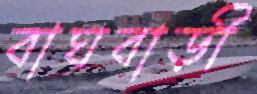
বাঘবাড়ী